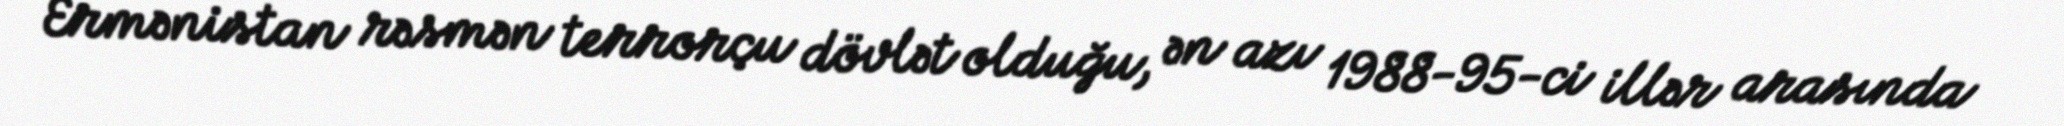
Ermənistan rəsmən terrorçu dövlət olduğu, ən azı 1988-95-ci illər arasında